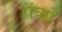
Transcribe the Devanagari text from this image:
राँघ्यो